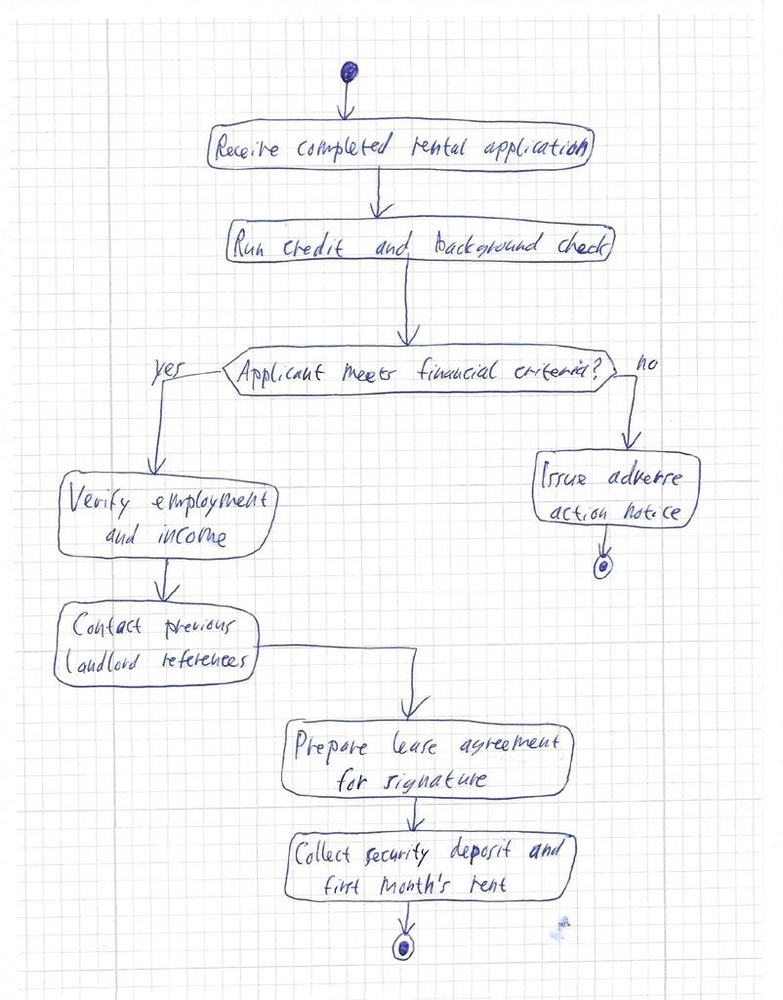
Diagram type: activity_diagram
```plantuml
@startuml

start

:Receive completed rental application;
:Run credit and background check;

if (Applicant meets financial criteria?) then (yes)
  :Verify employment and income;
  :Contact previous landlord references;
else (no)
  :Issue adverse action notice;
  stop
endif

:Prepare lease agreement for signature;
:Collect security deposit and first month's rent;

stop

@enduml
```